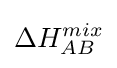
{\Delta }H_{AB}^{mix}